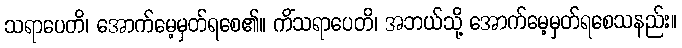
သရာပေတိ၊ အောက်မေ့မှတ်ရစေ၏။ ကိံသရာပေတိ၊ အဘယ်သို့ အောက်မေ့မှတ်ရစေသနည်း။